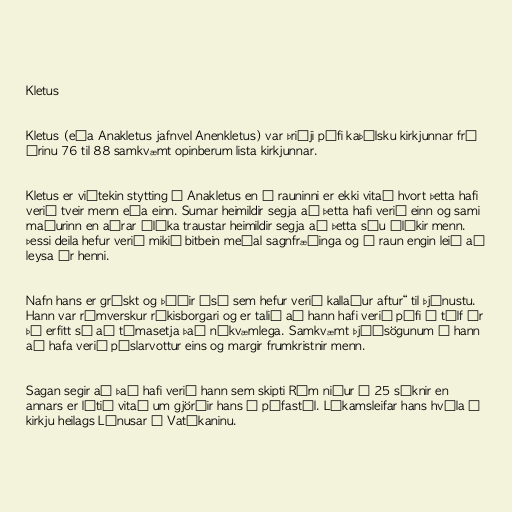
Kletus

Kletus (eða Anakletus jafnvel Anenkletus) var þriðji páfi kaþólsku kirkjunnar frá
árinu 76 til 88 samkvæmt opinberum lista kirkjunnar.

Kletus er viðtekin stytting á Anakletus en í rauninni er ekki vitað hvort þetta hafi
verið tveir menn eða einn. Sumar heimildir segja að þetta hafi verið einn og sami
maðurinn en aðrar álíka traustar heimildir segja að þetta séu ólíkir menn.
Þessi deila hefur verið mikið bitbein meðal sagnfræðinga og í raun engin leið að
leysa úr henni.

Nafn hans er grískt og þýðir „sá sem hefur verið kallaður aftur“ til þjónustu.
Hann var rómverskur ríkisborgari og er talið að hann hafi verið páfi í tólf ár
þó erfitt sé að tímasetja það nákvæmlega. Samkvæmt þjóðsögunum á hann
að hafa verið píslarvottur eins og margir frumkristnir menn.

Sagan segir að það hafi verið hann sem skipti Róm niður í 25 sóknir en
annars er lítið vitað um gjörðir hans á páfastól. Líkamsleifar hans hvíla í
kirkju heilags Línusar í Vatíkaninu.